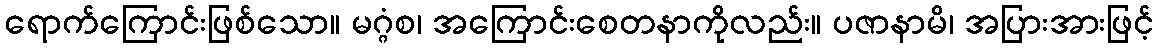
ရောက်ကြောင်းဖြစ်သော။ မဂ္ဂံစ၊ အကြောင်းစေတနာကိုလည်း။ ပဇာနာမိ၊ အပြားအားဖြင့်